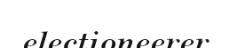
electioneerer